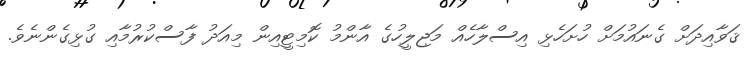
ޤަވާއިދަށް ގެނައުމަށް ހުށަހެޅި އިސްލާހެއް މަޖިލީހުގެ އާންމު ކޮމިޓީއިން މިއަދު ފާސްކުރުމާއި ގުޅިގެންނެވެ.